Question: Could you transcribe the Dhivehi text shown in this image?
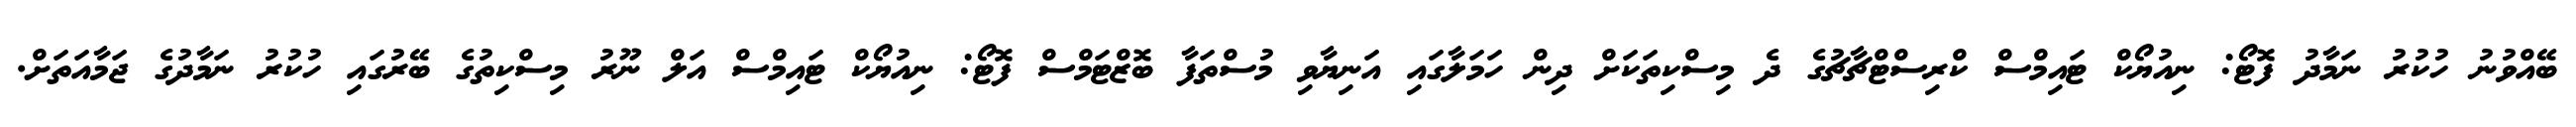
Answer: ބޭއްވުނު ހުކުރު ނަމާދު ފޮޓޯ: ނިއުޔޯކް ޓައިމްސް ކްރިސްޓްޗާޗުގެ ދެ މިސްކިތަކަށް ދިން ހަމަލާގައި އަނިޔާވި މުސްތަފާ ބޮޒްޓަމްސް ފޮޓޯ: ނިއުޔޯކް ޓައިމްސް އަލް ނޫރު މިސްކިތުގެ ބޭރުގައި ހުކުރު ނަމާދުގެ ޖަމާއަތަށް.